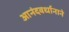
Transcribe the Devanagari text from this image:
आनंदवर्धानाने